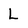
Character: L